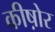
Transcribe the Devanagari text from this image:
कीष़ोर